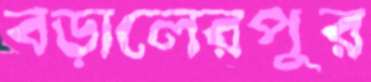
বড়ালেরপুর